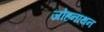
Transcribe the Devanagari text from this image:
जोहनाथन